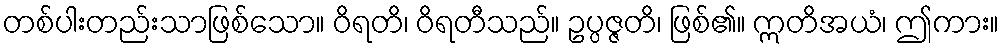
တစ်ပါးတည်းသာဖြစ်သော။ ဝိရတိ၊ ဝိရတီသည်။ ဥပ္ပဇ္ဇတိ၊ ဖြစ်၏။ ဣတိအယံ၊ ဤကား။